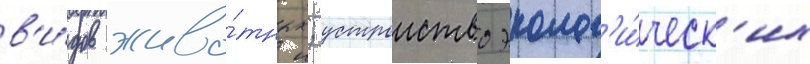
в'и́дов живо́тных; устроиство эколог'и́ческ'их